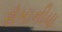
રોમાનીયા